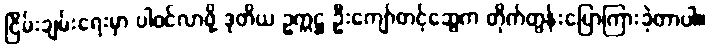
ငြိမ်းချမ်းရေးမှာ ပါဝင်လာဖို့ ဒုတိယ ဥက္ကဋ္ဌ ဦးကျော်တင့်ဆွေက တိုက်တွန်းပြောကြားခဲ့တာပါ။